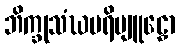
ဘိက္ခုသံဃပရိဗျူဠှော